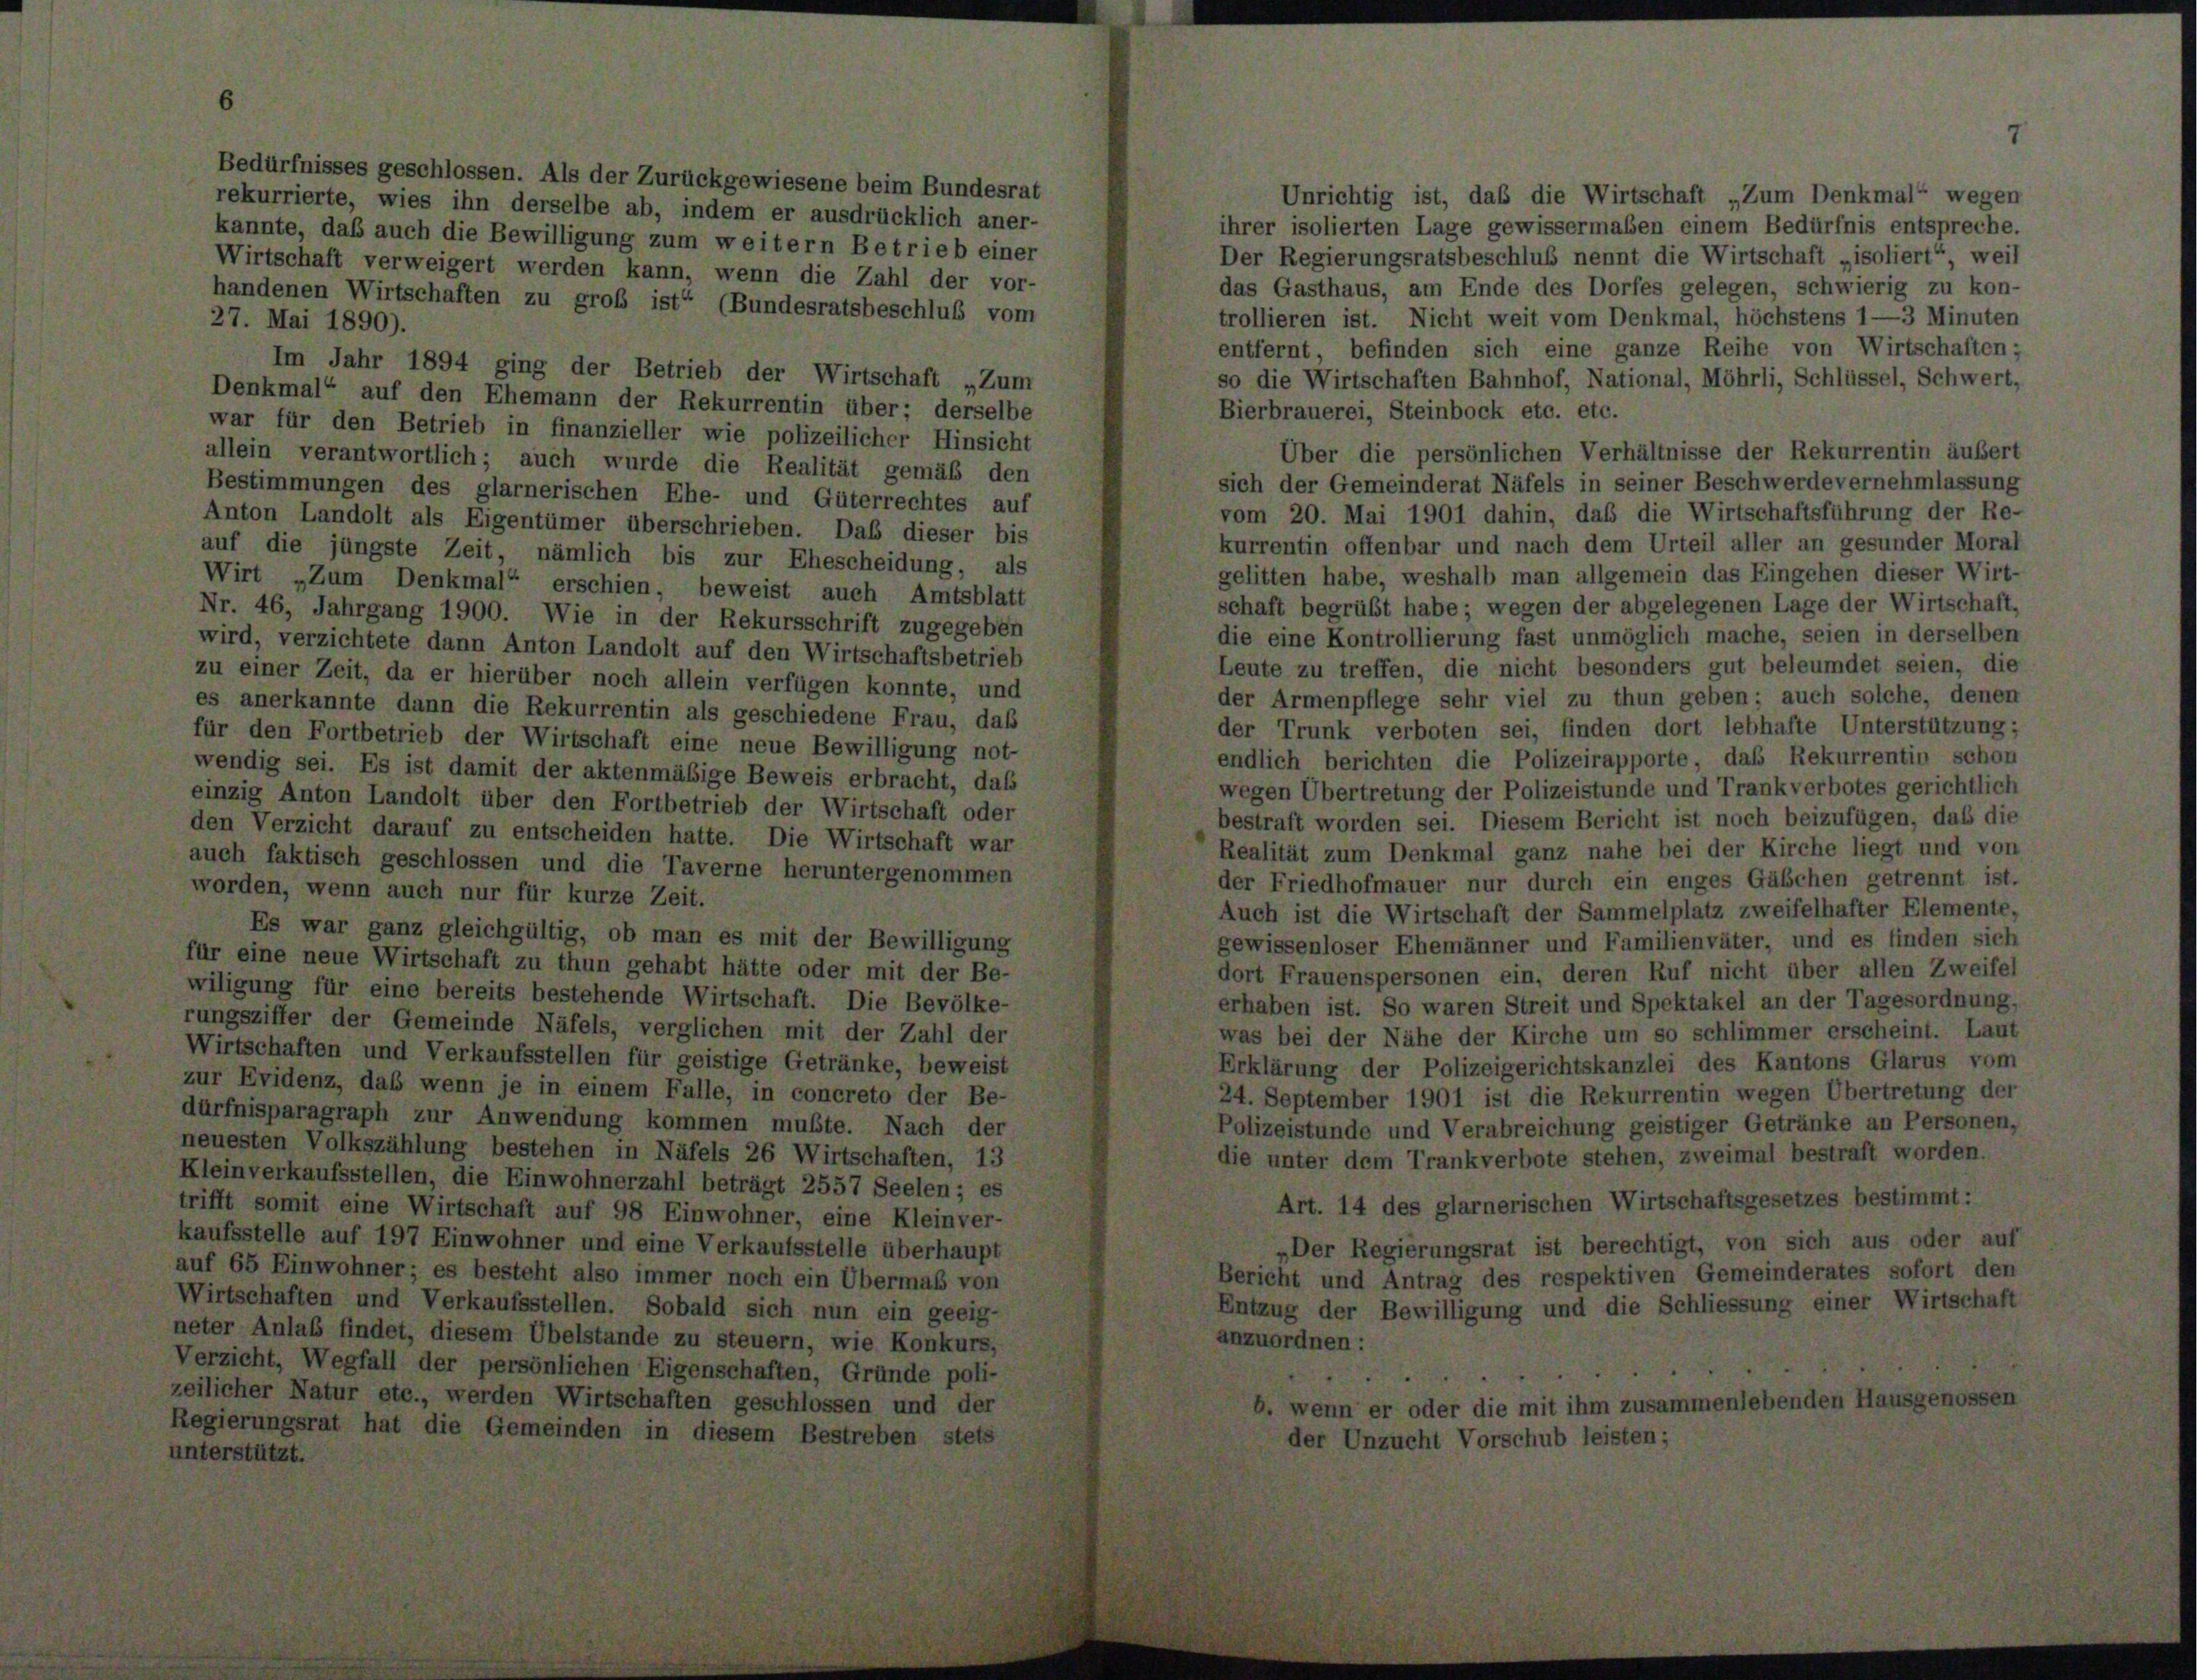
ses geschlossen. Als der Zurückgewiesene beim Bundesra
rekurrierte, wies ihn derselbe ab, indem er ausdrücklich aner-
kannte, daß auch die Bewilligung zum weitern Betrieb einer
Wirtschaft verweigert werden kann, wenn die Zahl der vor
handenen Wirtschaften zu groß ist“ (Bundesratsbeschluß von
27. Mai 1890).
Im Jahr 1894 ging der Betrieb der Wirtschaft „Zum
Denkmal“ auf den Ehemann der Rekurrentin über; derselbe
war für den Betrieb in finanzieller wie polizeilicher Hinsicht
allein verantwortlich; auch wurde die Realität gemäß den
Bestimmungen des glarnerischen Ehe- und Güterrechtes auf
Anton Landolt als Eigentümer überschrieben. Das dieser bis
auf die jüngste Zeit, nämlich bis zur Ehescheidung, als
Wirt „Zum Denkmal“ erschien, beweist auch Amtsblatt
Nr. 46, Jahrgang 1900. Wie in der Rekursschrift zugegeben
wird, verzichtete dann Anton Landolt auf den Wirtschaftsbetrieb
zu einer Zeit, da er hierüber noch allein verfügen konnte, und
es anerkannte dann die Rekurrentin als geschiedene Frau, daß
für den Fortbetrieb der Wirtschaft eine neue Bewilligung not-
wendig sei. Es ist damit der aktenmäßige Beweis erbracht, daß
einzig Anton Landolt über den Fortbetrieb der Wirtschaft oder
den Verzicht darauf zu entscheiden hatte. Die Wirtschaft war
auch faktisch geschlossen und die Taverne heruntergenommen
worden, wenn auch nur für kurze Zeit.

sten V.
lverkau

6

e

var

ganz gleichgültig, ob man es mit der Bewilligung
Wirtschaft zu thun gehabt hätte oder mit der Be-
eine bereits bestehende Wirtschaft. Die Bevölke-
Gemeinde Näfels, verglichen mit der Zahl der
und Verkaufsstellen für geistige Getränke, beweist
daß wenn je in einem Falle, in concreto der Be-
ph zur Anwendung kommen mußte. Nach der
szählung bestehen in Näfels 26 Wirtschaften, 13
ellen, die Einwohnerzahl beträgt 2557 Seelen; es
ne Wirtschaft auf 98 Einwohner, eine Kleinver-
197 Einwohner und eine Verkaufsstelle überhaupt
ner; es besteht also immer noch ein Übermaß von
nd Verkaufsstellen

Unrichtig ist, daß die Wirtschaft „Zu
ihrer isolierten Lage gewissermaßen einem E
Der Regierungsratsbeschluß nennt die Wirts-
das Gasthaus, am Ende des Dorfes gelegen,
trollieren ist. Nicht weit vom Denkmal, höc
entfernt, befinden sich eine ganze Reihe
so die Wirtschaften Bahnhof, National, Möhrli
Bierbrauerei, Steinbock etc. etc.
Über die persönlichen Verhältnisse der
sich der Gemeinderat Näfels in seiner Beschw
vom 20. Mai 1901 dahin, das die Wirtsch
kurrentin offenbar und nach dem Urteil alle
gelitten habe, weshalb man allgemein das E
schaft begrüßt habe; wegen der abgelegenen I
die eine Kontrollierung fast unmöglich mache
Leute zu treffen, die nicht besonders gut k
der Armenpflege sehr viel zu thun geben;
der Trunk verboten sei, finden dort lebh
endlich berichten die Polizeirapporte, daß
wegen Übertretung der Polizeistunde und Tran
bestraft worden sei. Diesem Bericht ist noch
Realität zum Denkmal ganz nahe bei der K
der Friedhofmauer nur durch ein enges Ge
Auch ist die Wirtschaft der Sammelplatz zwe
gewissenloser Ehemänner und Familienväter.
dort Frauenspersonen ein, deren Ruf nicht
erhaben ist. So waren Streit und Spektakel a
was bei der Nähe der Kirche um so schlim-
Erklärung der Polizeigerichtskanzlei des H
24. September 1901 ist die Rekurrentin weg
iger Ge

rankverbote :

srat ist